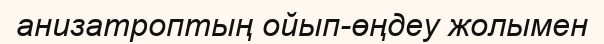
анизатроптың ойып-өңдеу жолымен